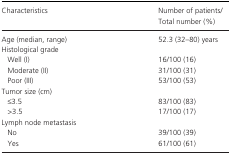
| Characteristics | Number of patients/Total number (%) |
 | --- | --- |
 | Age (median, range) | 52.3 (32–80) years |
 | <COLSPAN=2> Histological grade |
 | Well (I) | 16/100 (16) |
 | Moderate (II) | 31/100 (31) |
 | Poor (III) | 53/100 (53) |
 | <COLSPAN=2> Tumor size (cm) |
 | ≤3.5 | 83/100 (83) |
 | >3.5 | 17/100 (17) |
 | <COLSPAN=2> Lymph node metastasis |
 | No | 39/100 (39) |
 | Yes | 61/100 (61) |